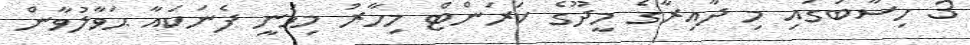
3 ހިސާބުގައި މި ދާއިރާގެ މީދޫގެ ކަރަންޓް މިހާރު މިވަނީ ފެނަކައާ ޙަވާލުވާން